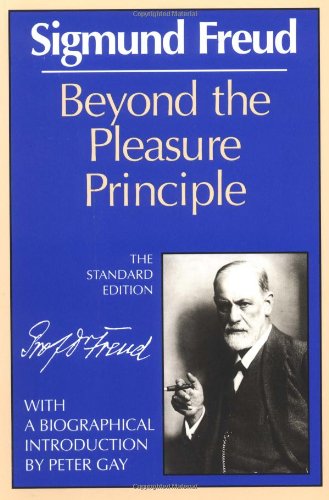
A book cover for Beyond the Pleasure Principle (Norton Library); Sigmund Freud; Medical Books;